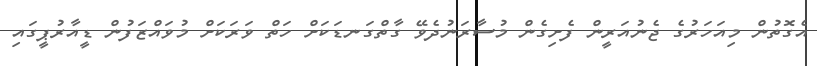
އެގޮތުން މިއަހަރުގެ ޖެނުއަރީން ފެށިގެން މުސާރަނުދެވޭ ގާތްގަނޑަކަށް ހަތް ވަރަކަށް މުވައްޒަފުން ޑީއާރުޕީގައި